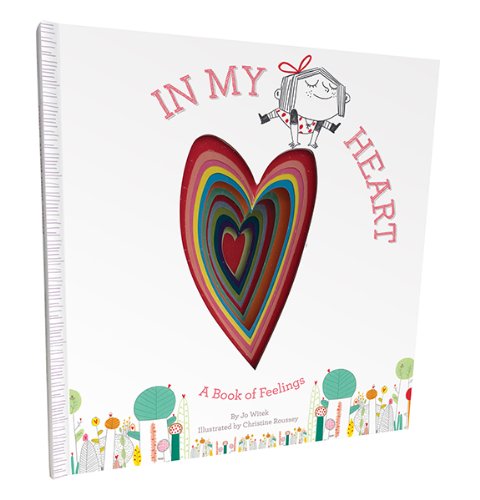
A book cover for In My Heart: A Book of Feelings (Growing Hearts); Jo Witek; Children's Books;